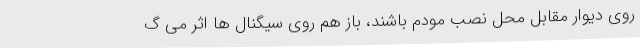
روی دیوار مقابل محل نصب مودم باشند، باز هم روی سیگنال ها اثر می گ